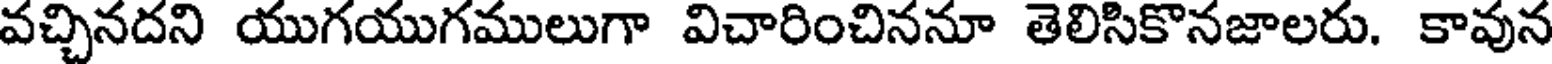
వచ్చినదని యుగయుగములుగా విచారించిననూ తెలిసికొనజాలరు. కావున